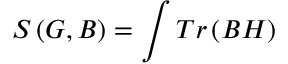
S \left( G , B \right) = \int T r \left( B H \right)